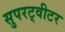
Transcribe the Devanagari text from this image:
सुपरट्वीटर